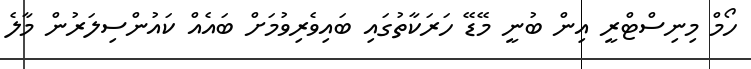
ހޯމް މިނިސްޓްރީ އިން ބުނީ މޭޑޭ ހަރަކާތުގައި ބައިވެރިވުމަށް ބައެއް ކައުންސިލަރުން މާލެ